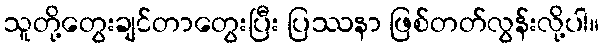
သူတို့တွေးချင်တာတွေးပြီး ပြဿနာ ဖြစ်တတ်လွန်းလို့ပါ။